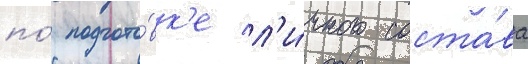
по́ подгото́вк'е л'и́чного соста́ва